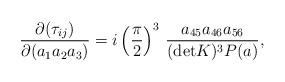
LaTeX: \begin{align*}{\partial ( \tau_{ij} )\over \partial(a_1 a_2 a_3) } = i \left(\pi \over 2 \right)^3 \, { a_{45}a_{46} a_{56} \over ({\rm det}K)^3 P(a) } ,\end{align*}